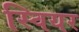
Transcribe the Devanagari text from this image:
स्वियर